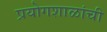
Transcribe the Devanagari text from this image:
प्रयोगशाळांची